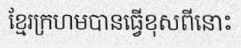
ខ្មែរក្រហមបានធ្វើខុសពីនោះ